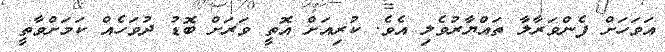
އަވަހަށް ފެންވަރާލާ ތައްޔާރުވެލި އެވެ. ކުރިއަށް އޮތީ ވަރަށް ބޮޑު ދުވަހެއް ކަމަށްވާތީ